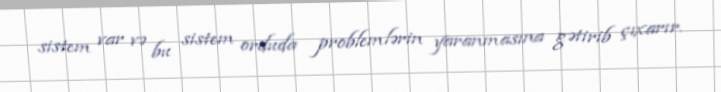
sistem var və bu sistem orduda problemlərin yaranmasına gətirib çıxarır.